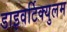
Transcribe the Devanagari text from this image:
डाइवर्टिक्युलम